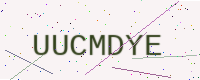
Text: UUCMDYE